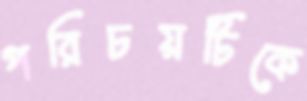
পরিচয়টিকে